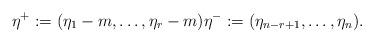
LaTeX: \begin{align*}\eta^{+}:=(\eta_1-m,\ldots,\eta_r-m)\eta^{-}:=(\eta_{n-r+1},\ldots,\eta_n).\end{align*}